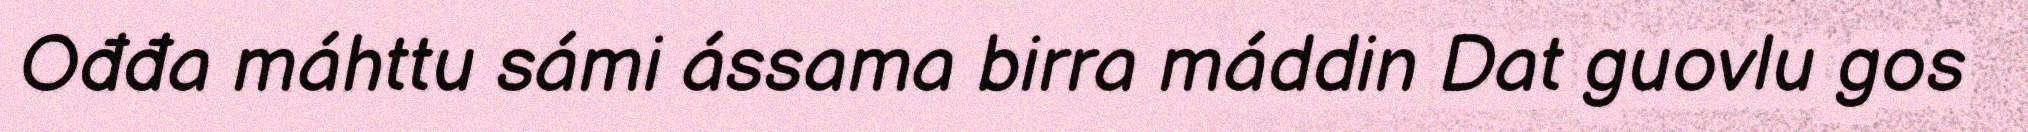
Ođđa máhttu sámi ássama birra máddin Dat guovlu gos